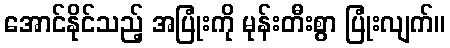
အောင်နိုင်သည့် အပြုံးကို မုန်းတီးစွာ ပြုံးလျက်။